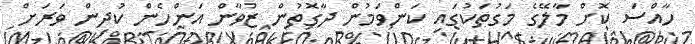
ހާއްސަ ކޮށް މާލޭގެ މަގުތަކުގައި ކަންވަމުން ދާގޮތުން ޒުވާން އަންހެން ކުދިން ވަރަށް